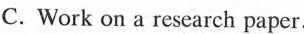
C.Work on a research paper.